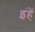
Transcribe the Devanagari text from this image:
इंहें